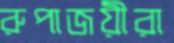
রুপাজয়ীরা